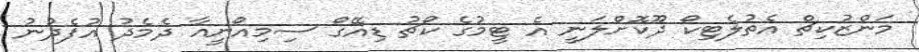
މަންޒުކިޗް އެތުލެޓިކޯ ދޫކޮށްލަނީ އެ ޓީމުގެ ކޯޗު ޑިއޭގޯ ސިމިއޯނީއާ ދެމެދު އުފެދުނު